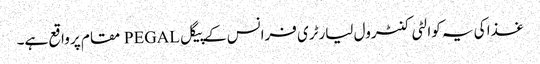
غذا کی یہ کوالٹی کنٹرول لیارٹری فرانس کے پیگل PEGAL مقام پر واقع ہے۔